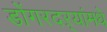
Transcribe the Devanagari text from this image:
डोंगरदऱ्यांमधे